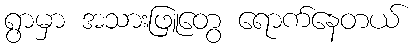
ရွာမှာ အသားဖြူတွေ ရောက်နေတယ်